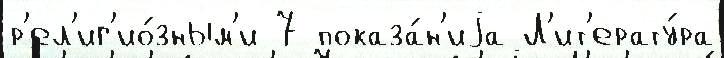
р'ел'иг'ио́зным'и 7 показа́н'иjа Л'ит'ерату́ра